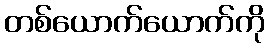
တစ်ယောက်ယောက်ကို